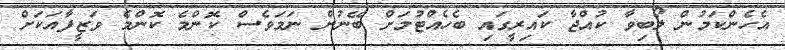
އެހެންކަމުން ލޯބިވާ ކުއްޖާ ކައިރީގައި ބެހެއްޓުމަށް ބޭނުން ނަމަވެސް ކޮންމެ ކޮންމެ ވަޒީފާއަކަށް